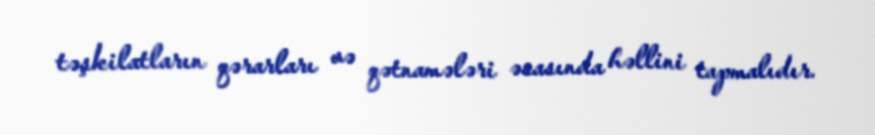
təşkilatların qərarları və qətnamələri əsasında həllini tapmalıdır.